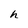
Character: h